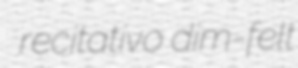
recitativo dim-felt